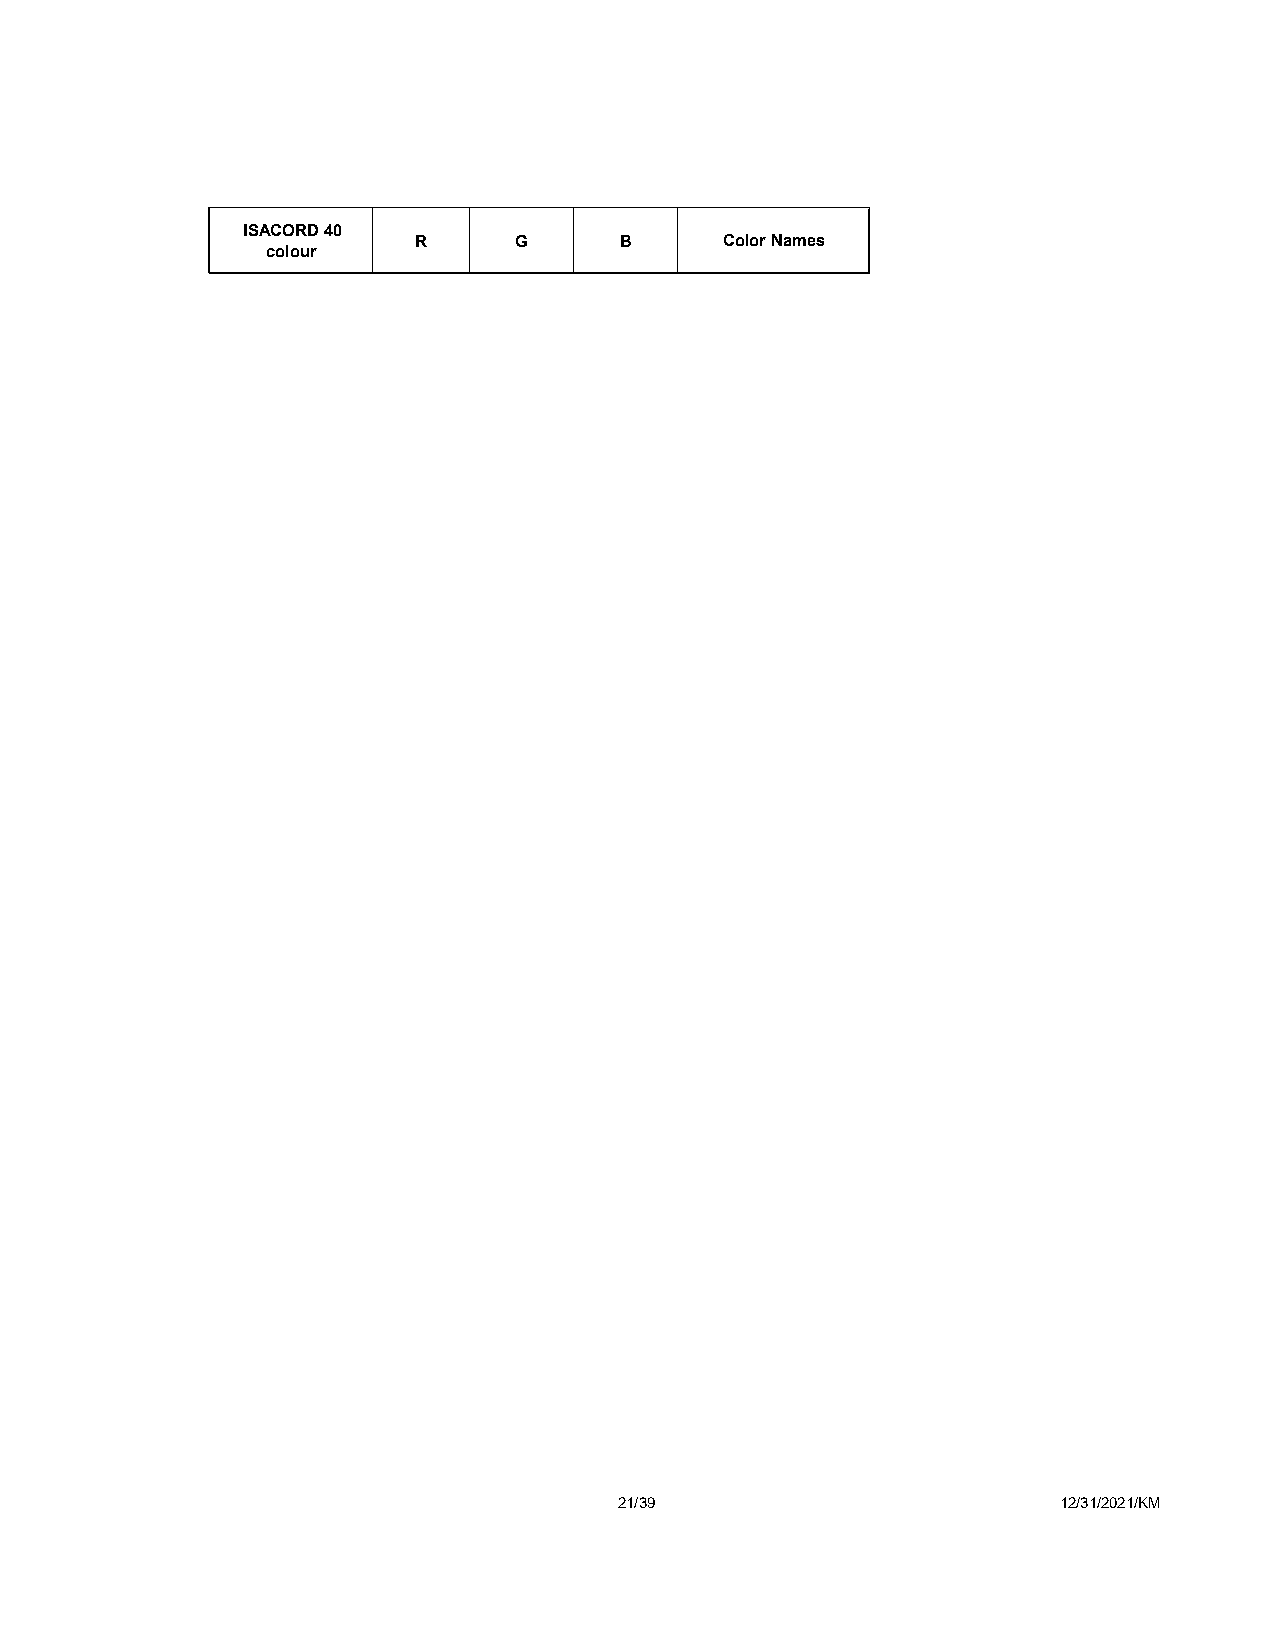
ISACORD 40
 R      G      B      Color Names
 colour
 21/39                        12/31/2021/KM